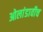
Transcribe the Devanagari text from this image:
ओलांडावीच